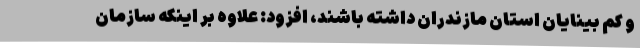
و کم بینایان استان مازندران داشته باشند، افزود: علاوه بر اینکه سازمان